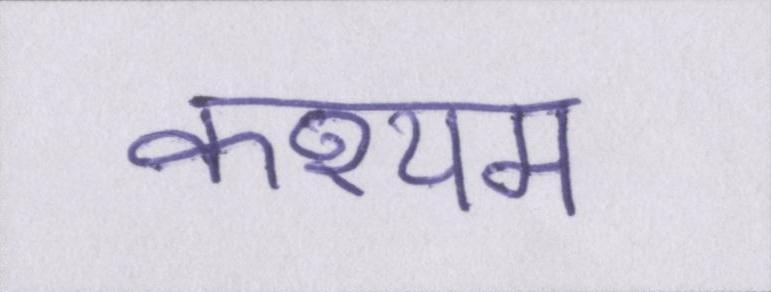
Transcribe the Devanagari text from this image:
कश्यप